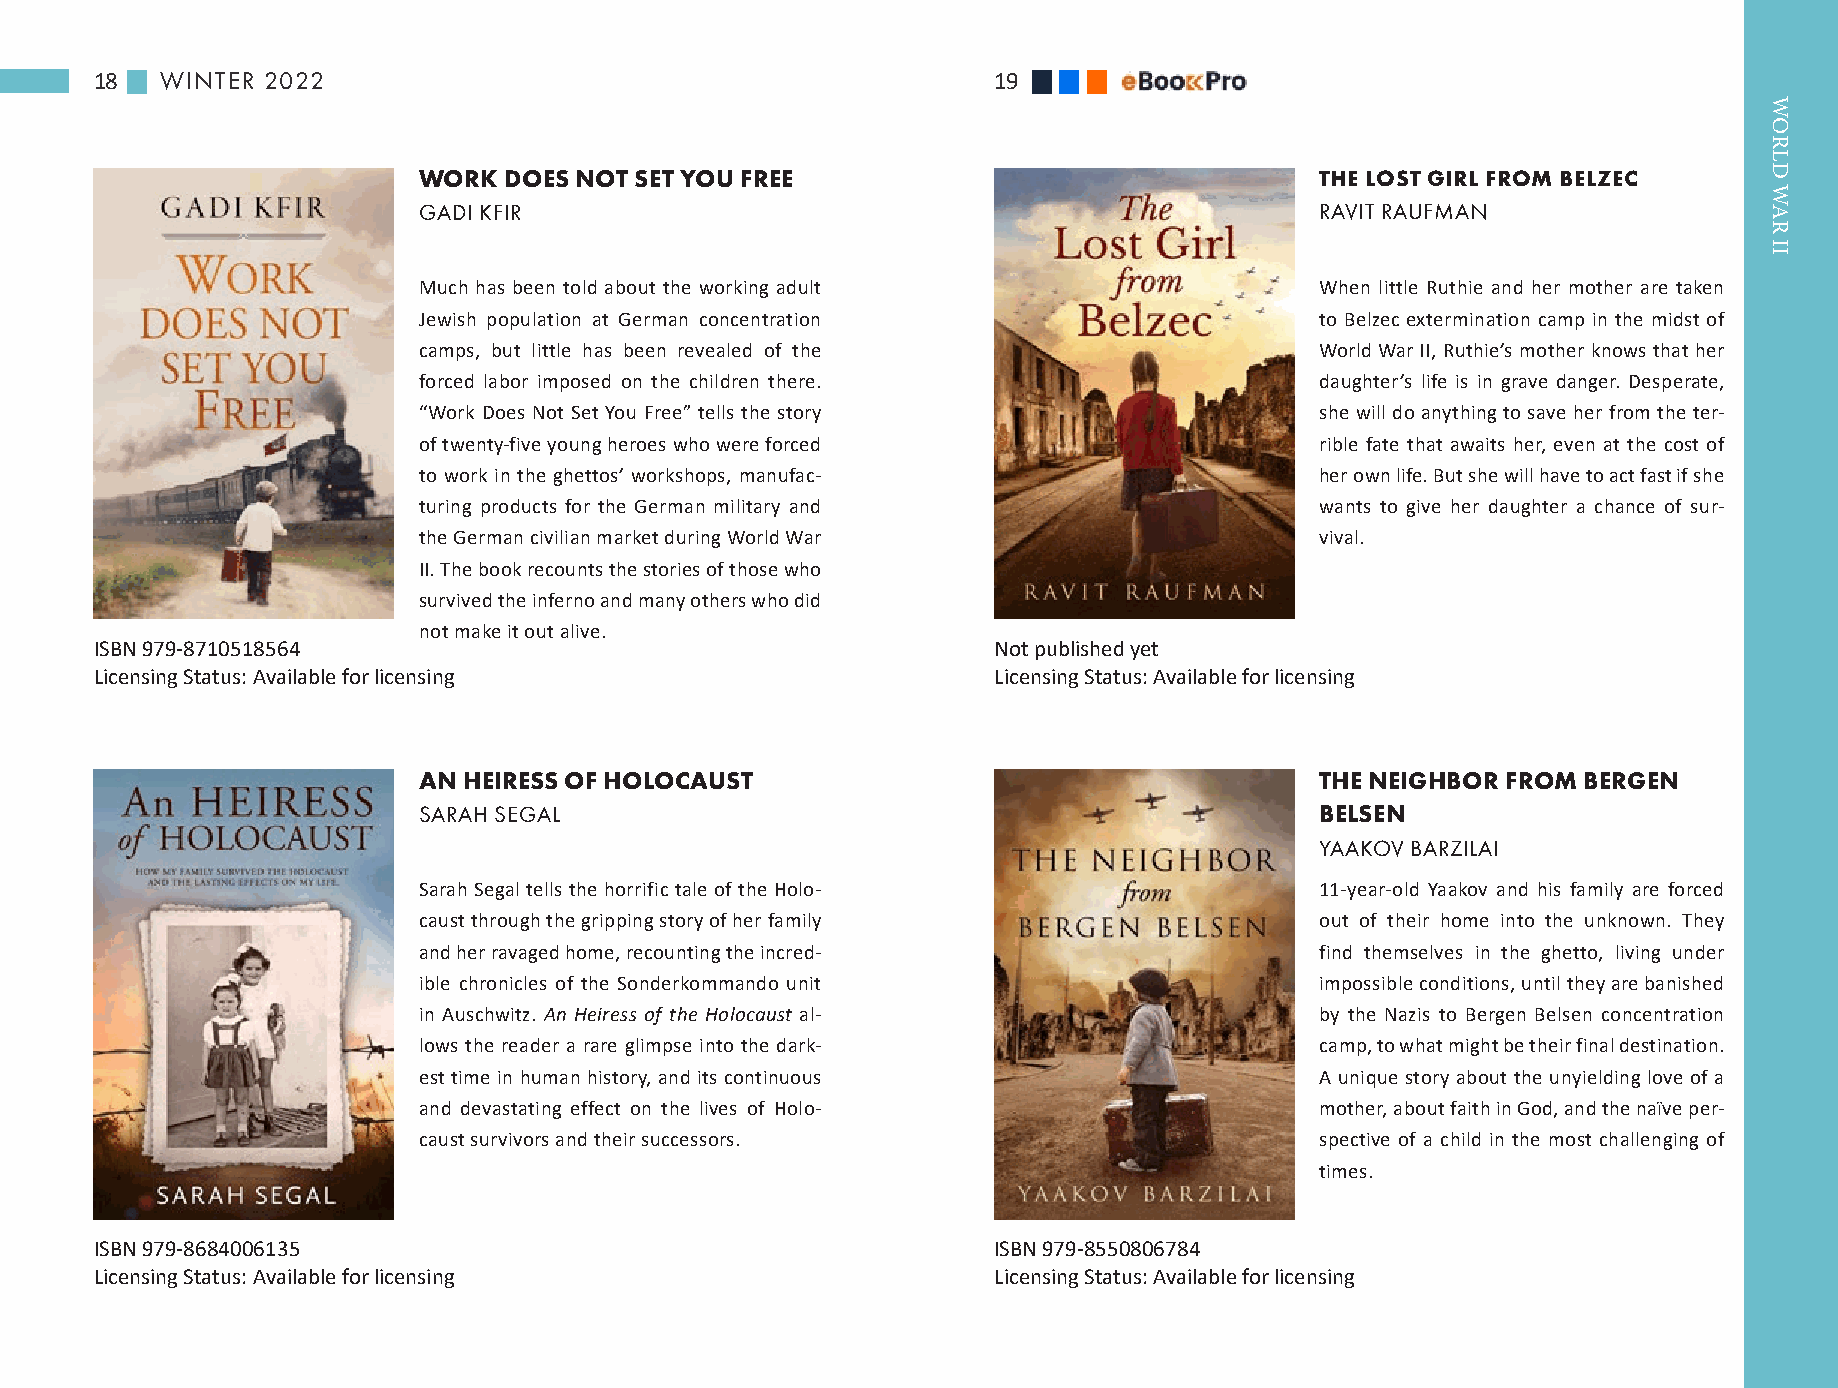
18   WINTER 2022                                            19
 WORK DOES NOT SET YOU FREE                                 THE LOST GIRL FROM BELZEC
 GADI KFIR                                                  RAVIT RAUFMAN
 Much has been told about the working adult                 When little Ruthie and her mother are taken
 Jewish population at German concentration                  to Belzec extermination camp in the midst of
 camps, but little has been revealed of the                 World War II, Ruthie’s mother knows that her
 forced labor imposed on the children there.                daughter’s life is in grave danger. Desperate,
 “Work Does Not Set You Free” tells the story               she will do anything to save her from the ter-
 of twenty-five young heroes who were forced                rible fate that awaits her, even at the cost of
 to work in the ghettos’ workshops, manufac-                her own life. But she will have to act fast if she
 turing products for the German military and                wants to give her daughter a chance of sur-
 the German civilian market during World War                vival.
 II. The book recounts the stories of those who
 survived the inferno and many others who did
 not make it out alive.
 ISBN 979-8710518564                                         Not published yet
 Licensing Status: Available for licensing                   Licensing Status: Available for licensing
 AN HEIRESS OF HOLOCAUST                                    THE NEIGHBOR FROM BERGEN
 SARAH SEGAL                                                BELSEN
 YAAKOV BARZILAI
 Sarah Segal tells the horrific tale of the Holo-           11-year-old Yaakov and his family are forced
 caust through the gripping story of her family             out of their home into the unknown. They
 and her ravaged home, recounting the incred-               find themselves in the ghetto, living under
 ible chronicles of the Sonderkommando unit                 impossible conditions, until they are banished
 in Auschwitz. An Heiress of the Holocaust al-              by the Nazis to Bergen Belsen concentration
 lows the reader a rare glimpse into the dark-              camp, to what might be their final destination.
 est time in human history, and its continuous              A unique story about the unyielding love of a
 and devastating effect on the lives of Holo-               mother, about faith in God, and the naïve per-
 caust survivors and their successors.                      spective of a child in the most challenging of
 times.
 ISBN 979-8684006135                                         ISBN 979-8550806784
 Licensing Status: Available for licensing                   Licensing Status: Available for licensing
 WORLD
 WAR
 II